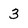
Character: 3